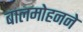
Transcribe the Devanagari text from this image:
बालमोहनने